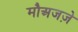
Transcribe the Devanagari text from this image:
मौअजज़े